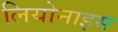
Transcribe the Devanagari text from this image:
लियोनाइस